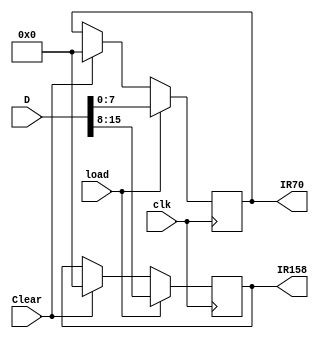
// 9  10.19  ir2  1  mux21 PC
// mem4  1  mux41 a
//- sub Verilog 
//IR  
module ir(D,load,Clear,clk,IR158 ,IR70 ); 

input load,Clear,clk; 
input [15:0] D; 

output reg [7:0] IR158; 
output reg [7:0] IR70; 

always @(posedge clk) 
begin 
if(Clear) 
	begin 
			IR158<=0; 
			IR70<=0; 
	end 

if(load)    // load,CU.
	begin 
				IR158<=D[15:8]; 
				IR70<=D[7:0]; 
				 // for gengeral register load 
		// for memory load
	end 

end
endmodule 
 

//RAM memory 

module mem1(data,addr,qout,we,clk,reset); 

input[15:0]data; 
input reset;
 input [5:0]addr;
 input we,clk; 
output[15:0] qout; 
reg[15:0] qout; 
parameter memsize=64; //64*16

reg[15:0] mem[memsize-1:0]; 
 
always @(posedge clk or posedge reset) 
if(reset) 
//reset
begin   
// RAM  COUNT  
 	mem[0]<=16'h1100;  	mem[1]<=0;  	mem[2]<=16'he300;  
	mem[3]<=0;  	mem[4]<=16'h5020; mem[5]<=0; mem[6]<=16'h403e; mem[7]<=16'h0000;
	mem[8]<=0; mem[9]<=16'h800b; mem[11]<=16'h603f;   
 	mem[63]<=16'hf200; 
end 
else begin  
 	if(we) 
      	mem[addr]<=data;  
			else  
	 	qout<=mem[addr]; 
	end 
endmodule 

//general register  
module memR(data,addr,qout,we,clk,reset); 
input[15:0]data; 
input reset;
input [2:0]addr;
input we,clk; 
output[15:0] qout; 
reg[15:0] qout; 
parameter memsize=8; //8*16
reg[15:0] mem[memsize-1:0]; 

always @(posedge clk or posedge reset ) if(reset) 
//reset
begin   
// RAM  COUNT  
 	mem[0]<=0;  	mem[1]<=1;  	mem[2]<=2;  
	mem[3]<=3;  	mem[4]<=4; mem[5]<=5;  mem[6]<=6;
	mem[7]<=7; 
end 
else begin  
 	if(we)   // we =1 , 
      mem[addr]<=data;   //
			else  
	 	qout<=mem[addr];  //
end 
endmodule 


// PC  
module pc(D50,load,Clear,clk,pc_addr);

input load,Clear,clk; 
input [5:0] D50; 
output reg [5:0] pc_addr; 

always @(posedge clk)  
if(Clear) 
    pc_addr<=0; 
else 
begin     
	if(load) 
            pc_addr<=D50;            
end 


endmodule 

// A  

module a(load,Clear,clk,D,Output,Apos,Aeq0 ); 

input load,Clear,clk; 
input [15:0] D; 
output reg [15:0] Output; 

output Apos,Aeq0; 
  

always @(posedge clk)  if(Clear) 
    Output<=0; 
else 
begin     if(load) 
            Output<=D;            
end 

assign Apos=~Output[15]; 

assign Aeq0=(Output==0)? 1:0; 

endmodule 
 
//sub & add  
module sub(d,q,sub,ot ); 

input [7:0] d,q; 

input sub; 
output reg [7:0] ot; 
  
always @(d or q or sub) 

if(sub) ot=d-q; 
else ot=d+q; 


endmodule